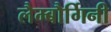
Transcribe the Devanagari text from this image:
लैम्बौर्गिनी